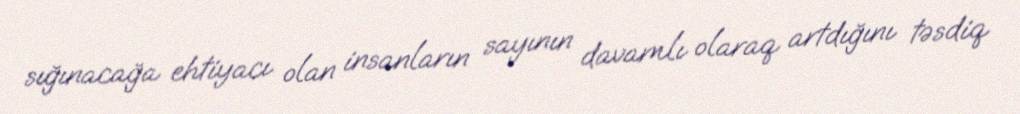
sığınacağa ehtiyacı olan insanların sayının davamlı olaraq artdığını təsdiq